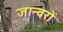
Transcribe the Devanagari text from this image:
जान्वरों